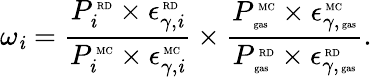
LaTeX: \omega_{\mathit{i}}=\frac{{{P_{\mathit{i}}^{\mathrm{{\tiny~RD}}}\times\epsilon_{\gamma,\mathit{i}}^{\mathrm{{\tiny~RD}}}}}}{{{P_{\mathit{i}}^{\mathrm{{\tiny~MC}}}\times\epsilon_{\gamma,\mathit{i}}^{\mathrm{{\tiny~MC}}}}}}\times\frac{{{P_{\mathrm{{\tiny~gas}}}^{\mathrm{{\tiny~MC}}}\times\epsilon_{\gamma,\mathrm{{\tiny~gas}}}^{\mathrm{{\tiny~MC}}}}}}{{{P_{\mathrm{{\tiny~gas}}}^{\mathrm{{\tiny~RD}}}\times\epsilon_{\gamma,\mathrm{{\tiny~gas}}}^{\mathrm{{\tiny~RD}}}}}}.